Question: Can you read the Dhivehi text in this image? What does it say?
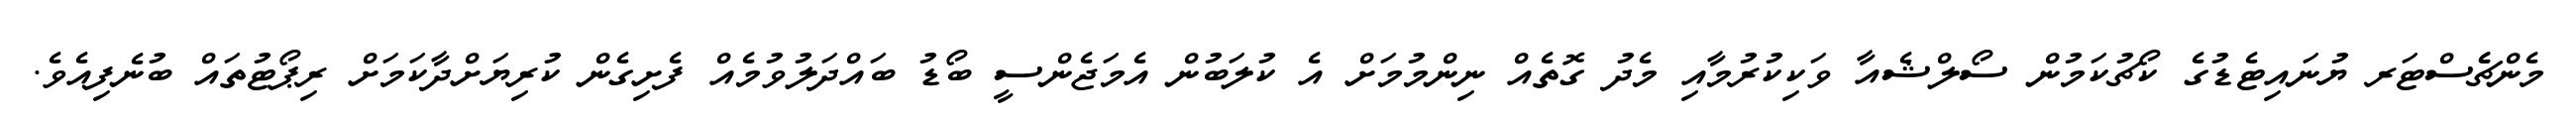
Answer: މެންޗެެސްޓަރ ޔުނައިޓެޑުގެ ކޯޗުކަމުން ސޯލްޝެއާ ވަކިކުރުމާއި މެދު ގޮތެއް ނިންމުމަށް އެ ކުލަބުން އެމަޖެންސީ ބޯޑު ބައްދަލުވުމެއް ފެށިގެން ކުރިޔަށްދާކަމަށް ރިޕޯޓުތައް ބުނެފިއެވެ.